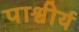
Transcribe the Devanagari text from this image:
पाश्वीर्य